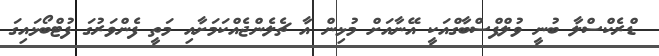
ޑްރެކްސްލާ ބުނީ ވުލްފްސްބާގްއަކީ އޭނާއަށް މުޅިން އާ ޗެލެންޖެއްކަމަށާއި މަތީ ފެންވަރުގަ ފުޓްބޯޅައިގަ